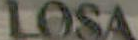
LOSA